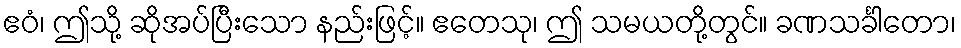
ဧဝံ၊ ဤသို့ ဆိုအပ်ပြီးသော နည်းဖြင့်။ ဧတေသု၊ ဤ သမယတို့တွင်။ ခဏသင်္ခါတော၊